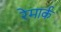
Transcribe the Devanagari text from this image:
रेमार्क